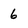
Character: 6